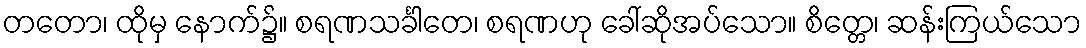
တတော၊ ထိုမှ နောက်၌။ စရဏသင်္ခါတေ၊ စရဏဟု ခေါ်ဆိုအပ်သော။ စိတ္တေ၊ ဆန်းကြယ်သော